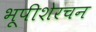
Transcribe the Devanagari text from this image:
भूपीशेरचन